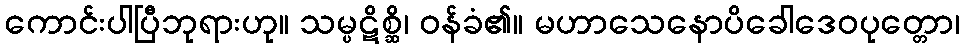
ကောင်းပါပြီဘုရားဟု။ သမ္ပဋိစ္ဆိ၊ ဝန်ခံ၏။ မဟာသေနောပိခေါဒေဝပုတ္တော၊